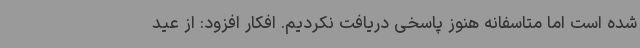
شده است اما متاسفانه هنوز پاسخی دریافت نکردیم. افکار افزود: از عید